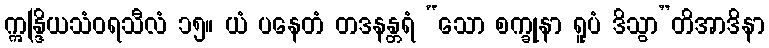
ဣန္ဒြိယသံဝရသီလံ ၁၅။ ယံ ပနေတံ တဒနန္တရံ “သော စက္ခုနာ ရူပံ ဒိသွာ”တိအာဒိနာ